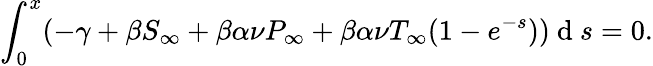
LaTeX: \int_{0}^{x}(-\gamma+\beta S_{\infty}+\beta\alpha\nu P_{\infty}+\beta\alpha\nu T_{\infty}(1-e^{-s}))\mathrm{~d~}s=0.